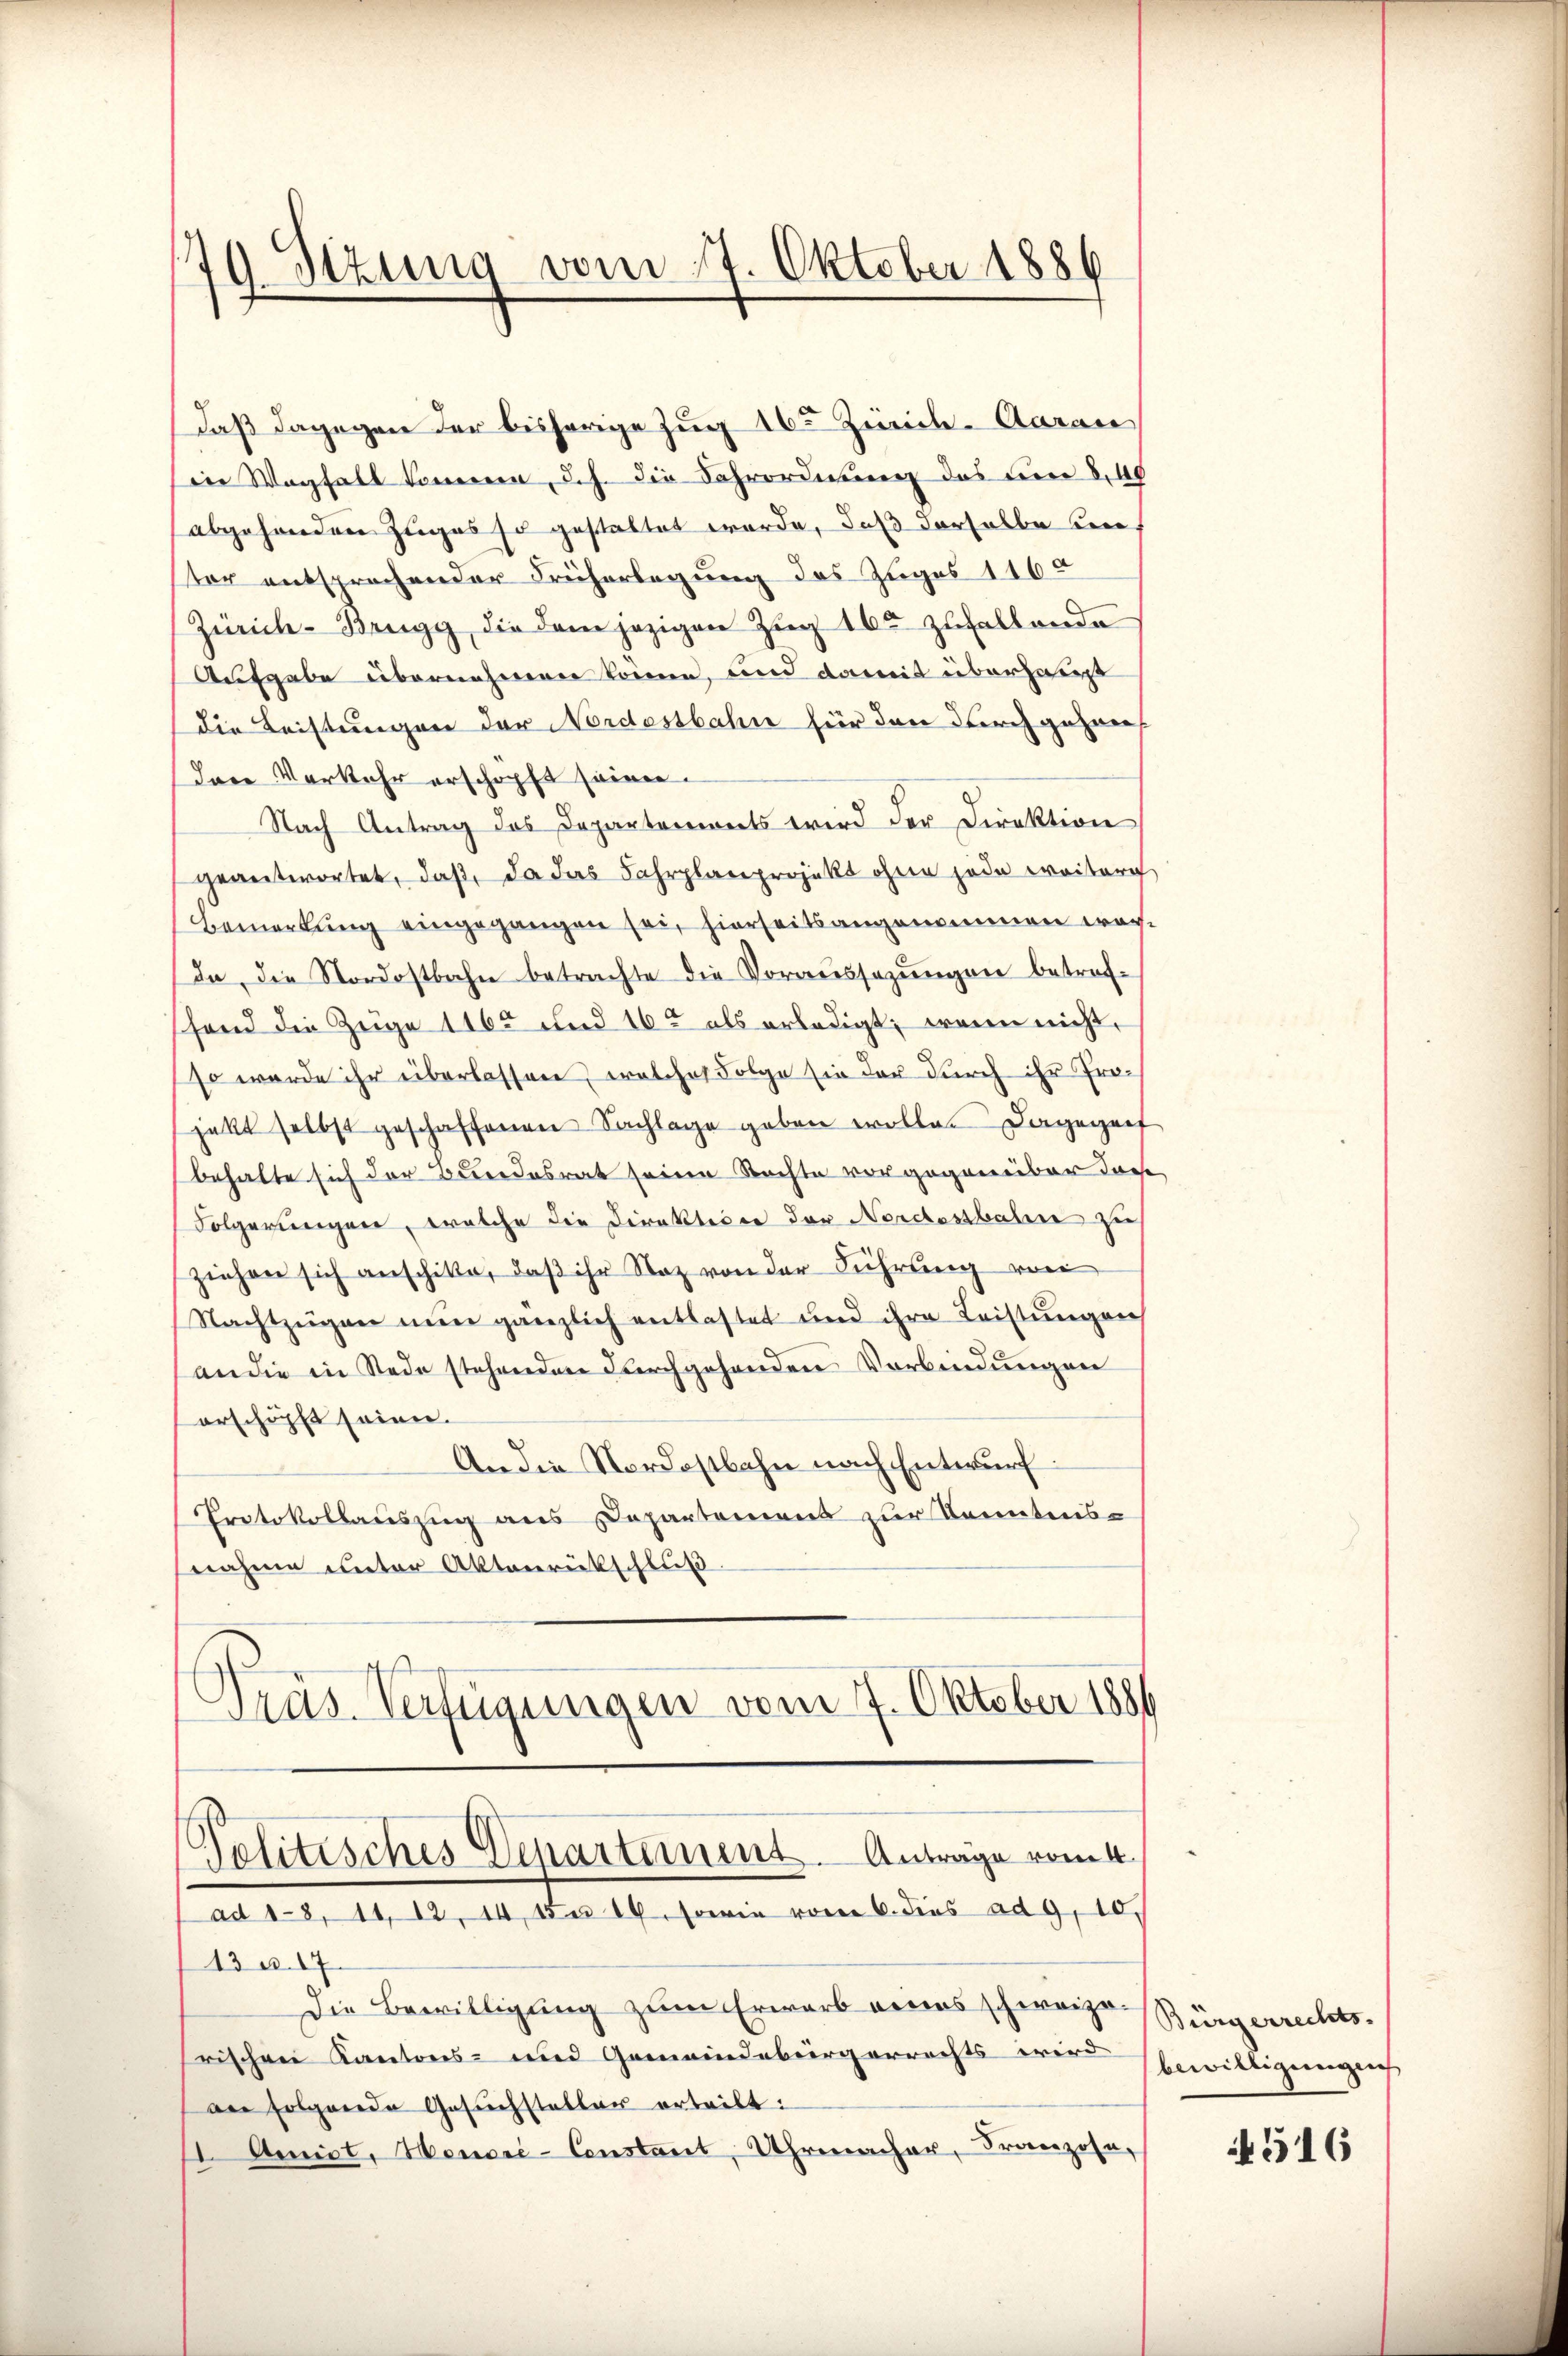
79 Sizung vom 17. Oktober 1886

daß dagegen der bisherige Zug 16ten Zürich-Aarau
ie Wegfall kommen, d.h. die Fahrordnung des um 8,40
abgehenden Zuges so gestattet werde, daß derselbe un
ster entsprechender Früherlegung des Zuges 1160
Zürich-Brugg, die dem jezigen Zug 160 zufallende
Aufgabe übernehmen könne, und damit überhaupt
die Leistungen der Nordostbahn für den durch gehans
Das Verkehr erschöpft seinen.
Nach Antrag des Departements wird der Direktion
geantwortet, daß, da das Fahrplanprojekt ohne jede weiterg
Bemerkung eingegangen sei, hierseitsangenommen war,
da, die Nordostbahn betrachte die Voraŭssazŭngen betref-
fand die Zuge 1165 und 16ten als erledigt; wenn nicht,
so werde ihr überlassen, welches Folge sie der durch ihr Projekt selbst geschaffenen Sachlage geben wolle. Dagegent
behalte sich der Bundesrat seine Rechte vorgegenüber dacht
Folgerungen, welche die Direktion der Nordostbahn zu
ziehen sich anschike, daß ihr Naz von der Führung von
Nachtzügen nun gänzlich entlastet und ihre Leistungen
an die in Rede stehenden durchgehenden Verbindungen
erschöpft seien.
An die Nordostbahn nach Entwurf
Protokollauszug aus Departement zur Kenntnisnahme unter Aktenrückschluß
Präs. Verfügungen vom 7. Oktober 1886
Pelitisches Departement. Antrage vom 4.
ad 18, 11, 12, 14, 15 n 16, sowie vom 6. dies ad 9, 10
13 u. 17.
Die Bewilligung zum Erwarb eines schweizerischen Kantons- und Gemeindebürgerrechts wird
an folgende Gesuchsteller erteilt:
1. Amist, Heuer-Constant, Uhrmacher, Franzose,

Bürgerrechts.
bewilligungen

516